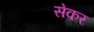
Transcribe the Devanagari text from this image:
सेकर